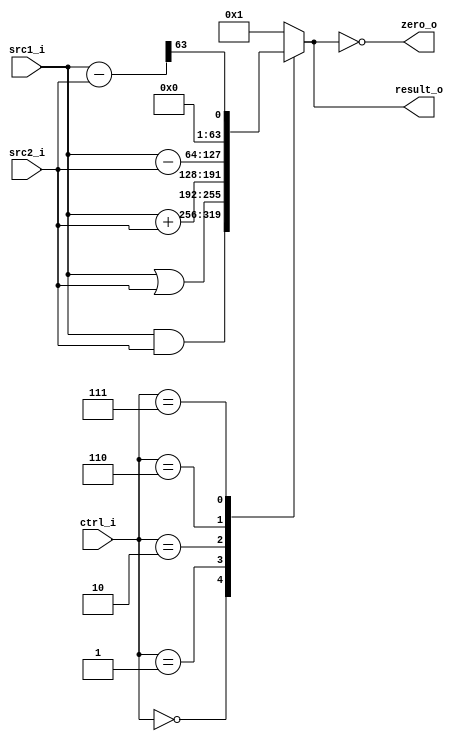
module ALU(
    src1_i,
	src2_i,
	ctrl_i,
	result_o,
	zero_o
	);
     
//I/O ports
input  [64-1:0]  src1_i;
input  [64-1:0]	 src2_i;
input  [4-1:0]   ctrl_i;

output [64-1:0]	 result_o;
output           zero_o;

//Internal signals
reg    [64-1:0]  result_o;
wire             zero_o;
wire	[64-1:0]	tmp;
//Parameter

//Main function
assign zero_o = (result_o == 64'd0);
assign tmp = src1_i - src2_i;

always@(*) 
begin
	case (ctrl_i)
		4'b0000: // and
			result_o = src1_i & src2_i;
		4'b0001: // or
			result_o = src1_i | src2_i;
		4'b0010: // add
			result_o = $signed(src1_i) + $signed(src2_i);
		4'b0110: // sub
			result_o = $signed(src1_i) - $signed(src2_i);
		4'b0111: //slt ,slti
			result_o = {63'd0 ,tmp[64-1]};
		default: 
			result_o = 64'd1;
	endcase
end

endmodule